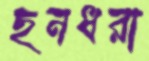
ছনধরা